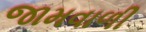
જામવાળી